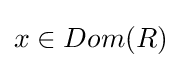
x\in Dom(R)